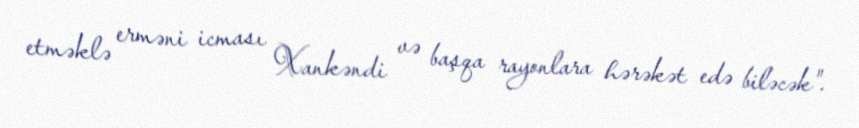
etməklə erməni icması Xankəndi və başqa rayonlara hərəkət edə biləcək".